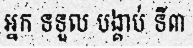
អ្នក ទទួល បង្គាប់ ទី៣